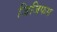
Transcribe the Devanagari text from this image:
जिजिफस